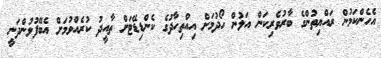
އެހެންކަމުން ރައްޔިތުންގެ ބާރުވެރިކަން އަލުން ހޯދުމަށް އިއްތިހާދުގެ ކެންޑިޑޭޓަށް ތާއީދު ކުރެއްވުމަށް އެބޭފުޅުންދަނީ